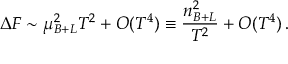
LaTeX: \Delta F \sim \mu _ { B + L } ^ { 2 } T ^ { 2 } + { \cal O } ( T ^ { 4 } ) \equiv \frac { n _ { B + L } ^ { 2 } } { T ^ { 2 } } + { \cal O } ( T ^ { 4 } ) \, .